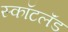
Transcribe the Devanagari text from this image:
स्कॉटलॅंड